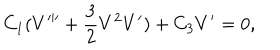
LaTeX: C _ { 1 } ( V ^ { \prime \prime \prime } + \frac { 3 } { 2 } V ^ { 2 } V ^ { \prime } ) + C _ { 3 } V ^ { \prime } = 0 ,